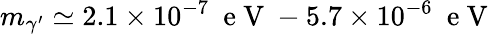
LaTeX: m_{\gamma^{\prime}}\simeq 2.1\times 10^{-7}\ \mathrm{~e~V~}-5.7\times 10^{-6}\ \mathrm{~e~V~}